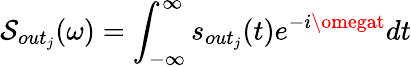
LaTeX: \mathcal{S}_{out_{j}}(\omega)=\int_{-\infty}^{\infty}s_{out_{j}}(t)e^{-i\omegat}dt